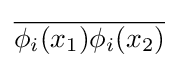
{\overline {\phi _{i}(x_{1})\phi _{i}(x_{2})}}